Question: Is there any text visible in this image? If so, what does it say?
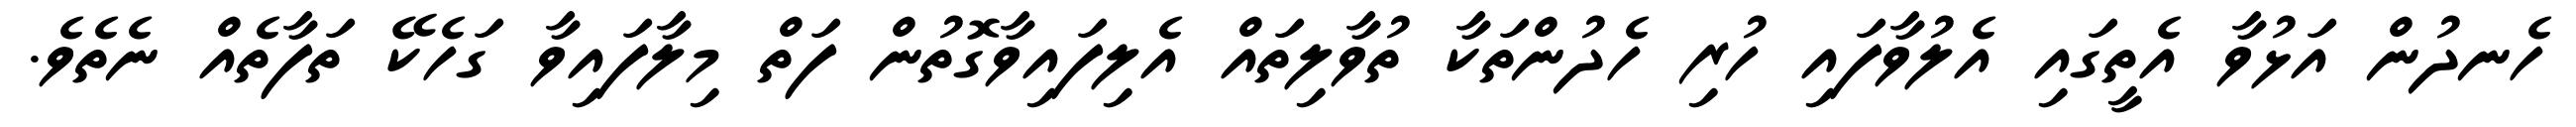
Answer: ހެނދުން އަޅުވާ އެތީގައި އެލުވާފައި ހުރި ހެދުންތަކާ ތުވާލިތައް އެލިފައިވާގޮތުން ފަތް މިލާފައިވާ ގަހެކޭ ތަފާތެއް ނެތެވެ.